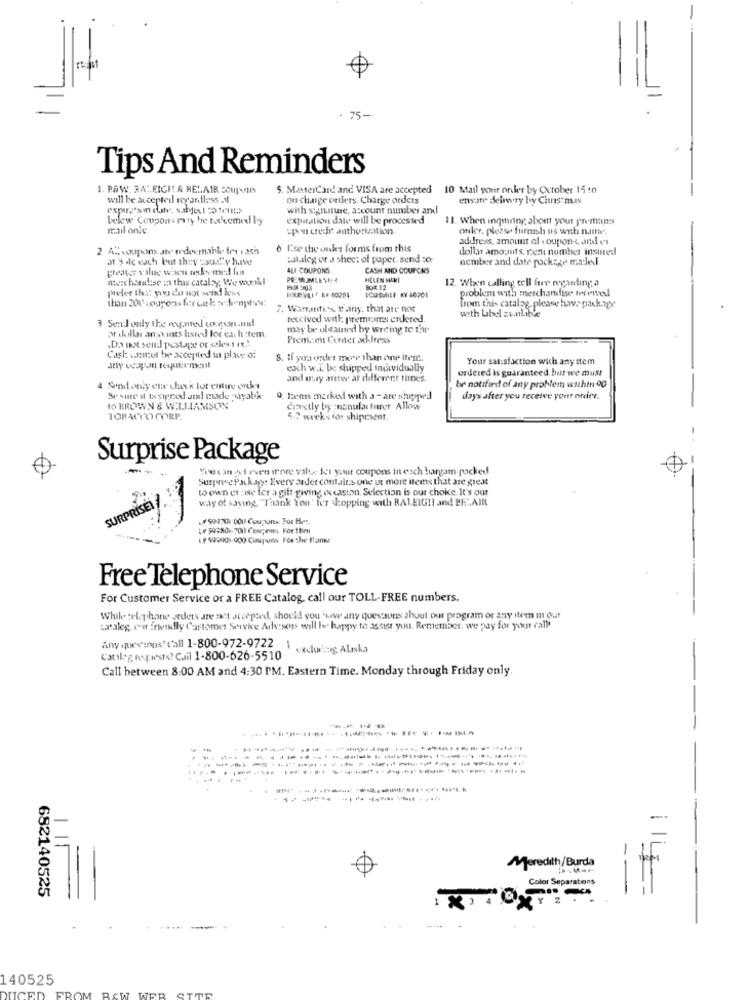
=
- 75 --
Tips And Reminders
1. PAW. RALEIGH & HELAIR SCUPUNIS
5. MasterCard! and VISA are accepted 10 Mail your order by October 15 to
10 Mail your order by October 15 to
will be accepted regardless .
on change ouders. Charge orders
ensuite delnery by Christmas
with signature, account number and
belew Coupons raty be nakemed byy
expuration date will be processed
11. When inquiring about your premans
mail onie
:po cer authorization.
onler, please furnish us with nuith.
address, amount of coupons, and et
L'e the outer forms from this
dollar amounts, rent number insured
at 9 -lc each but they ssuzy have
uitleg of a sheet of paper. send so;
nember and date package malel
greater viluc waen nychs midd fint
ALI COUPONS
CASH AND COUPONS
durchseulse ma this cataly; We will
HOLEN PERİ
12. When calling cell fuer regarding a
prefer the: you do not send Ions
HUK 903
ICOSMILF KY 40201
BOK 12
problem with merchandise wconel
ihan 200 Lourens fer cek bonptsw.
7. Warranty's fany, that are not
bom this catalog, please have package
3 Sendonly the mepared corpsgn .md
texcived with premiums erleted.
with lubel avnlib's
may be obtained by writing to that
ar dollar ansaints listed for cat h :tem.
Prem .: mt Center adresss
.Do not send postage of sales t .
Cash samme be accepted in place of
8. If you order moer than one item ..
Your satisfaction with any item
exch w.L. be shipped individually
ordered Is guaranteed. but we must
and ussy antw ar different times.
4 Send only ene chux k tot entire oweks
be notified of any problem withtn 90
Besure it ta swrod stai made -nyabk
9. forms marked with a - are shipped
days after you receive your order.
TO BROWN & WILLIAMSON
crestly by :manufacturer Allow
TOBACCO CORP.
4.7 weeks for shipment.
Surprise Package
Youcant even inre valts for youut coupons in esch hargam-packed
Surprise Package Every order contains one ut more items that are great
to own et ase fer a gift giving occasion. Selection is our choice. It's our
SURPRISE! !
way of saying. "Thank You' ber dropping with RALEIGH and BE".AIR
# 9H7 6OU Coupaunts. For Her.
Free Telephone Service
For Customer Service or a FREE Catalog, call our TOLL-FREE numbers.
While cel phone orders are not accepted, should you 'have any questions about our program or any item mn out
catalog en friendly Customer Service Advisors will be happy to assist you. Remember, we pay for your call'
Any queesos'C'all 1-800-972-9722 1 exclu Alaska
Carlog mspaste? Call 1-800-626-5510
Call between 8:00 AM and 4:30 PM. Eastern Time. Monday through Friday only.
------
-
Meredith/Burda
Color Separations
682140525
140525
DUCED
FROM RAW